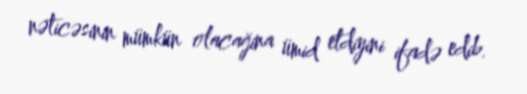
nəticəsinin mümkün olacağina ümid etdiyini ifadə edib.